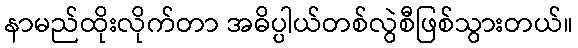
နာမည်ထိုးလိုက်တာ အဓိပ္ပါယ်တစ်လွဲစီဖြစ်သွားတယ်။